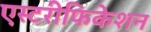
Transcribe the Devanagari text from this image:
एस्टरीफिकेशन